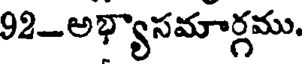
92-అభ్యాసమార్గము.